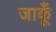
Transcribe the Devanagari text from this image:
जाकूँ